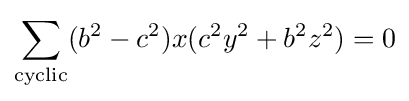
\sum _{\text{cyclic}}(b^{2}-c^{2})x(c^{2}y^{2}+b^{2}z^{2})=0